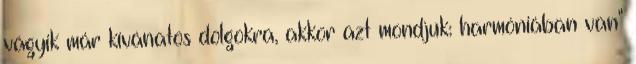
vágyik már kívánatos dolgokra, akkor azt mondjuk: harmóniában van"